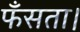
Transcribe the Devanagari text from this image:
फँसता।